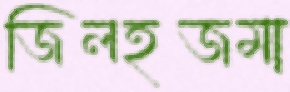
জিলহজমা